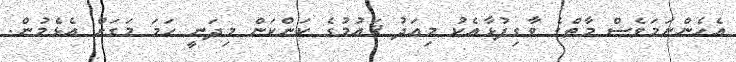
އެހެންނަމަވެސް މާތްގެ ވާގިފުޅާއެކު މިއަދު ޤައުމުގެ ކަންކަން މިދަނީ ހަމަ މަގަށް އެޅެމުން.